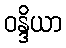
ဝန္ဒိယာ